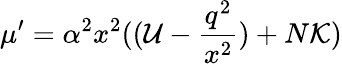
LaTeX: \mu^{\prime}=\alpha^{2}x^{2}(({\cal U}-\frac{q^{2}}{x^{2}})+N{\cal K})